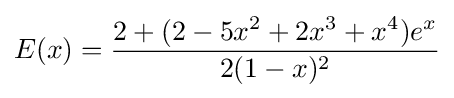
E(x)={\frac {2+(2-5x^{2}+2x^{3}+x^{4})e^{x}}{2(1-x)^{2}}}